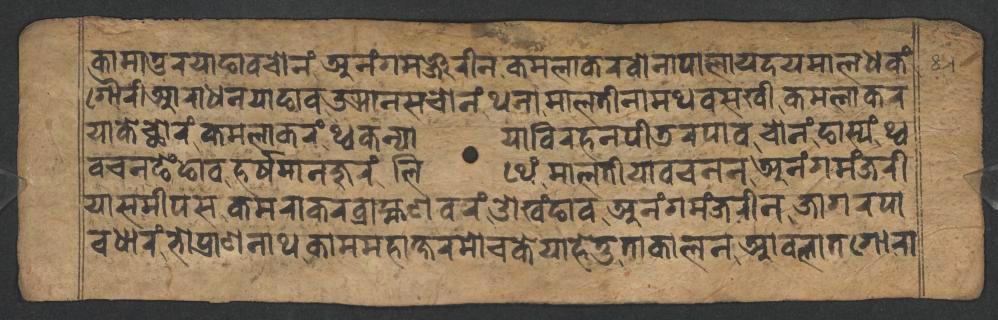
𑐎𑐵𑐩𑐵𑐞𑑂𑐜𑐬𑐫𑐵𑐒𑐵𑐰𑐔𑑀𑐣𑑄𑐀𑐣𑑄𑐐𑐩𑐘𑑂𑐖𑐬𑐷𑐣𑐎𑐩𑐮𑐵𑐎𑐬𑐰𑑀𑐣𑐵𑐥𑐵𑐮𑐵𑐫𑐡𑐫𑐩𑐵𑐮𑐢𑐎𑑄 𑐐𑑁𑐬𑐷𑐁𑐬𑐵𑐢𑐣𑐫𑐵𑐒𑐵𑐰𑑁𑐗𑐵𑐣𑐳𑐔𑑀𑐣𑑄𑐠𑐣𑐵𑐩𑐵𑐮𑐟𑐷𑐣𑐵𑐩𑐠𑐰𑐳𑐏𑐷𑐎𑐩𑐮𑐵𑐎𑐬 𑐫𑐵𑐎𑐾𑐕𑑀𑐬𑑄𑐎𑐩𑐮𑐵𑐎𑐬𑑄𑐠𑑂𑐰𑐎𑐣𑑂𑐫𑐵𑐫𑐵𑐰𑐶𑐬𑐴𑐣𑐥𑐷𑐜𑐬𑐥𑐵𑐰𑐔𑑀𑐣𑑄𑐒𑐵𑐳𑑂𑐫𑑄𑐠𑑂𑐰 𑐰𑐔𑐣𑐒𑐾𑑄𑐒𑐵𑐰𑐴𑐬𑑂𑐲𑐩𑐵𑐣𑐖𑐸𑐬𑑄𑐮𑐶𑐠𑐾𑑄𑐩𑐵𑐮𑐟𑐷𑐫𑐵𑐰𑐔𑐣𑐣𑐀𑐣𑑄𑐐𑐩𑑄𑐖𑐬𑐷 𑐫𑐵𑐳𑐩𑐷𑐥𑐳𑐎𑐩𑐬𑐵𑐎𑐬𑐧𑑂𑐬𑐵𑐴𑑂𑐩𑐞𑐰𑐬𑑄𑐌𑐏𑑄𑐒𑐵𑐰𑐀𑐣𑑄𑐐𑐩𑑄𑐖𑐬𑐷𑐣𑐖𑐵𑐐𑐬𑐥𑐵 𑐰𑐢𑐵𑐬𑑄𑐨𑑀𑐥𑑂𑐬𑐵𑐞𑐣𑐵𑐠𑐎𑐵𑐩𑐩𑐴𑐵𑐎𑑂𑐲𑐬𑐩𑑀𑐔𑐎𑐾𑐫𑐵𑐴𑐾𑐟𑐸𑐟𑐵𑐎𑐵𑐮𑐣𑐁𑐰𑐮𑐵𑐟𑐐𑑀𑐬𑐵